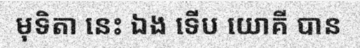
មុទិតា នេះ ឯង ទើប យោគី បាន